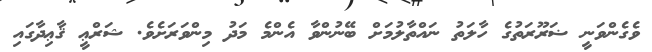
ވެގެންވަނީ ޟަރޫރަތުގެ ހާލަތު ނައްތާލުމަށް ބޭނުންވާ އެންމެ މަދު މިންވަރަށެވެ. ޝަރްޢީ ޤާޢިދާގައި